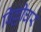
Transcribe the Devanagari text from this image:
बिल्लीघर